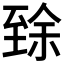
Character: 𱼬